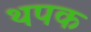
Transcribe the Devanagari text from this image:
थपक